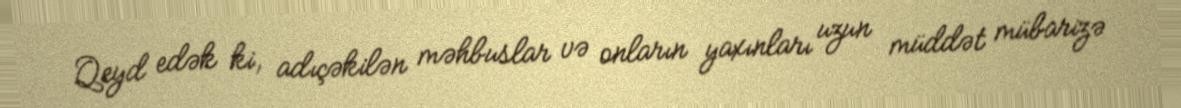
Qeyd edək ki, adıçəkilən məhbuslar və onların yaxınları uzun müddət mübarizə